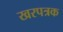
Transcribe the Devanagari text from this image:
खरपत्रक